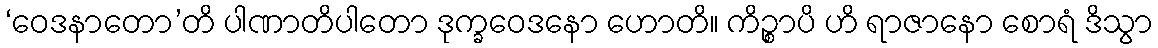
‘ဝေဒနာတော’တိ ပါဏာတိပါတော ဒုက္ခဝေဒနော ဟောတိ။ ကိဉ္စာပိ ဟိ ရာဇာနော စောရံ ဒိသွာ